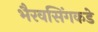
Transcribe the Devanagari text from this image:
भैरवसिंगकडे